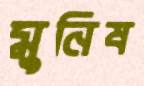
মুনিষ